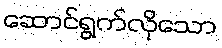
ဆောင်ရွက်လိုသော